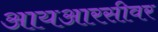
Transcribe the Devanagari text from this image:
आयआरसीवर